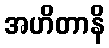
အဟိတာနိ